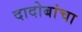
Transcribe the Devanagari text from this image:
दादोबांचा